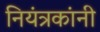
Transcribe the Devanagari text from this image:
नियंत्रकांनी